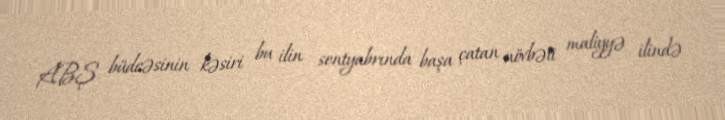
ABŞ büdcəsinin kəsiri bu ilin sentyabrında başa çatan növbəti maliyyə ilində